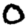
Digit: 0